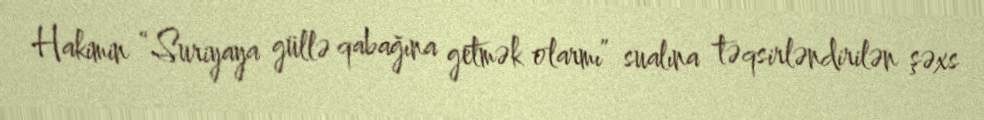
Hakimin “Suriyaya güllə qabağına getmək olarmı” sualına təqsirləndirilən şəxs